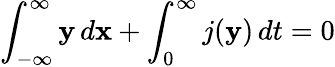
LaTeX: \int_{-\infty}^{\infty}\mathbf{y}\, d\mathbf{x}+\int_{0}^{\infty}j(\mathbf{y})\, dt=0